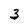
Character: 3